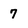
Character: 7